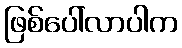
ဖြစ်ပေါ်လာပါက